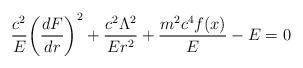
LaTeX: \begin{align*}{c^2\over E}\biggl({d F \over d r }\biggr)^2 +{c^2 \Lambda^2\over E r^2} + {m^2 c^4 f(x)\over E} - E = 0\end{align*}